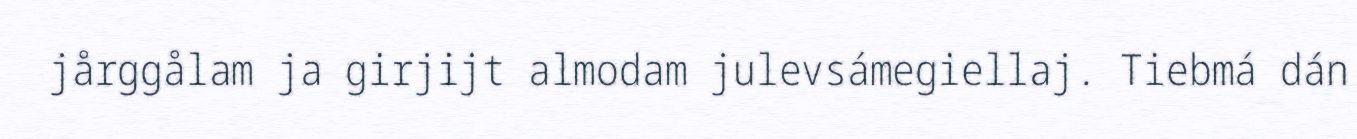
jårggålam ja girjijt almodam julevsámegiellaj. Tiebmá dán